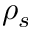
\rho _ { s }